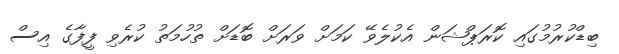
ބިޑްކުރުމުގައި ކޮރަޕްޝަން އެކުލެވޭ ކަމަށް ވަރަށް ބޮޑަށް ތުހުމަތު ކުރެވި ފީފާގެ އިސް